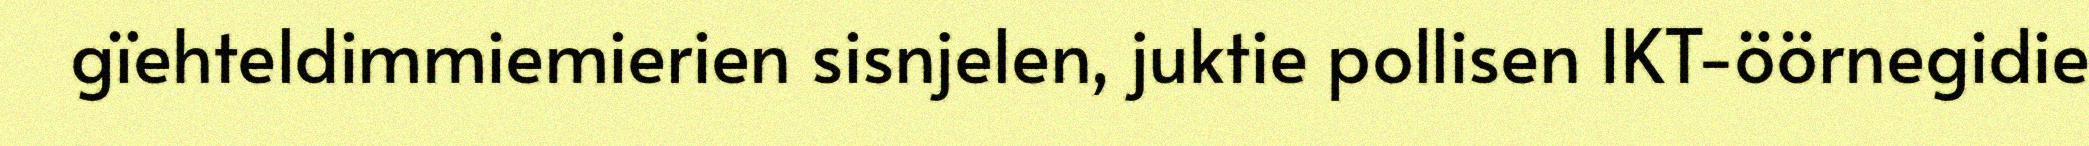
gïehteldimmiemierien sisnjelen, juktie pollisen IKT-öörnegidie